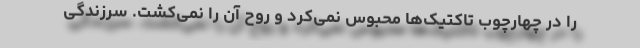
را در چهارچوب تاکتیک‌ها محبوس نمی‌کرد و روح آن را نمی‌کشت. سرزندگی